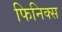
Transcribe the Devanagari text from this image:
फिनिक्‍स